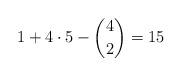
LaTeX: \begin{align*}1 + 4\cdot 5 - \binom 42 = 15 \; \end{align*}